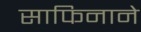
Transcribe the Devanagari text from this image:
साफिनाने